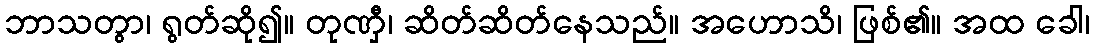
ဘာသတွာ၊ ရွတ်ဆို၍။ တုဏှီ၊ ဆိတ်ဆိတ်နေသည်။ အဟောသိ၊ ဖြစ်၏။ အထ ခေါ၊